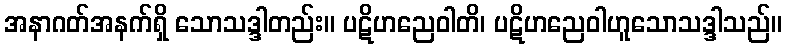
အနာဂတ်အနက်ရှိ သောသဒ္ဒါတည်း။ ပဋိဟညေဝါတိ၊ ပဋိဟညေဝါဟူသောသဒ္ဒါသည်။